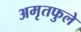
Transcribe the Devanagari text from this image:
अमृतफुले